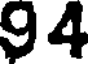
94